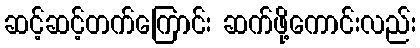
ဆင့်ဆင့်တက်ကြောင်း ဆက်ဖို့ကောင်းလည်း